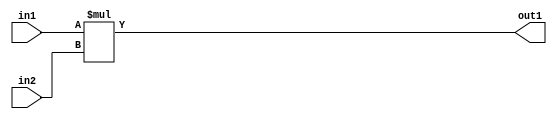
`timescale 1ps / 1ps
/*****************************************************************************
    Verilog RTL Description
    
    
    Created by: Stratus DpOpt 2019.1.01 
*******************************************************************************/

module GauFilter_Mul_8Ux8U_12U_4 (
	in2,
	in1,
	out1
	); /* architecture "behavioural" */ 
input [7:0] in2,
	in1;
output [11:0] out1;
wire [11:0] asc001;

assign asc001 = 
	+(in1 * in2);

assign out1 = asc001;
endmodule

/* CADENCE  urf4TQg= : u9/ySgnWtBlWxVPRXgAZ4Og= ** DO NOT EDIT THIS LINE ******/